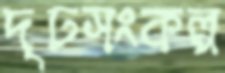
দৃঢসংকল্প